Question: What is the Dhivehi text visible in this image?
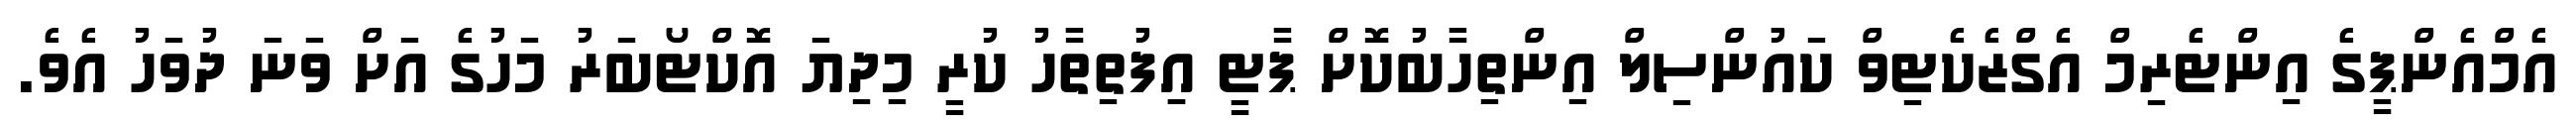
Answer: އެމްއެންޕީގެ އިންޓެރިމް އެގްޒެކެޓިވް ކައުންސިލް އިންތިހާބުކޮށް ޕާޓީ އިިފުތިތާހު ކުރީ މިދިޔަ އޮކްޓޯބަރު މަހުގެ އަށް ވަނަ ދުވަހު އެވެ.